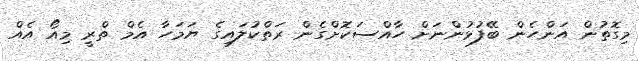
މިގޮތުން އަންހެން ބޭފުޅުންނަށް ހާއްސަކޮށްގެން ރަތްކުލައިގެ ޔަމަހާ އެމް ތްރީ މިއޯ އެއް